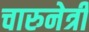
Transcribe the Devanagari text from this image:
चारुनेत्री